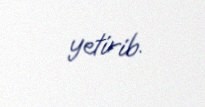
yetirib.